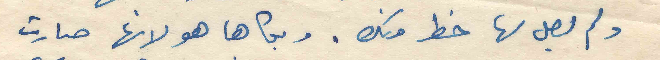
ولم يصل لها خط منك. وبكاها هو لانها صارت